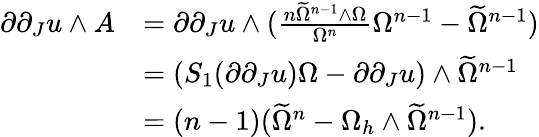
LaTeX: \begin{array}{rl}{\partial\partial_{J}u\wedge A}&{=\partial\partial_{J}u\wedge(\frac{n\widetilde{\Omega}^{n-1}\wedge\Omega}{\Omega^{n}}\Omega^{n-1}-\widetilde{\Omega}^{n-1})}\\ &{=(S_{1}(\partial\partial_{J}u)\Omega-\partial\partial_{J}u)\wedge\widetilde{\Omega}^{n-1}}\\ &{=(n-1)(\widetilde{\Omega}^{n}-\Omega_{h}\wedge\widetilde{\Omega}^{n-1}).}\end{array}